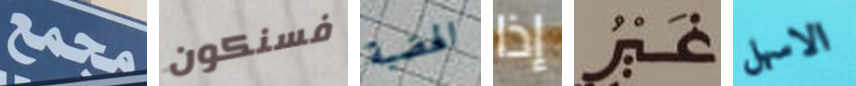
مجمع فسنكون الهضبة إذا غير الاسهل